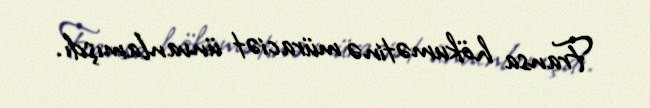
Fransa hökumətinə müraciət ünvanlamışdı.